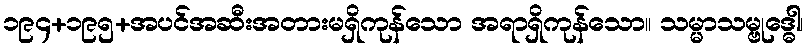
၁၉၄+၁၉၅+အပင်အဆီးအတားမရှိကုန်သော အရာရှိကုန်သော။ သမ္မာသမ္ဗုဒ္ဓေါ၊